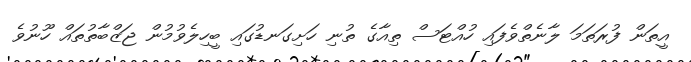
އީތަން ފުރަތަމަ ލާނެތްވެފައި ހުއްޓަސް ތިއާގެ ތުނި ހަށިގަނޑުގައި ބީހިލެވުމުން ޖަޒްބާތުތައް ހޫނުވެ